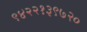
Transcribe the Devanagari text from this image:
९४२२१३९७२०